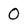
Character: 0